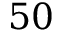
5 0